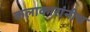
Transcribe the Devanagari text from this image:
कलाकारांनीच